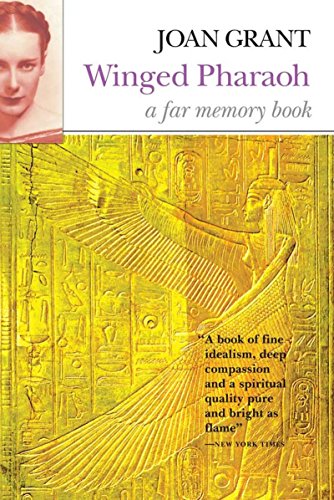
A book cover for Winged Pharaoh (Far Memory Books); Joan Grant; Religion & Spirituality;